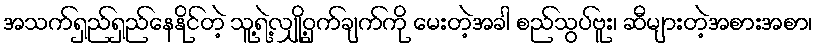
အသက်ရှည်ရှည်နေနိုင်တဲ့ သူ့ရဲ့လျှို့ဝှက်ချက်ကို မေးတဲ့အခါ စည်သွပ်ဗူး၊ ဆီများတဲ့အစားအစာ၊